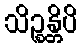
သိဉ္စန္တိပိ